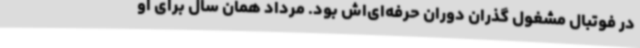
در فوتبال مشغول گذران دوران حرفه‌ای‌اش بود. مرداد همان سال برای او